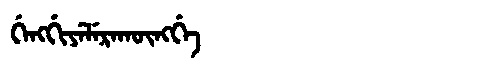
Manchu: ᡤᡝᠩᡤᡳᠶᡝᠯᡝᡵᠠᡴᡡᠩᡤᡝ
Romanization: GENGGIYELERAKŪNGGE